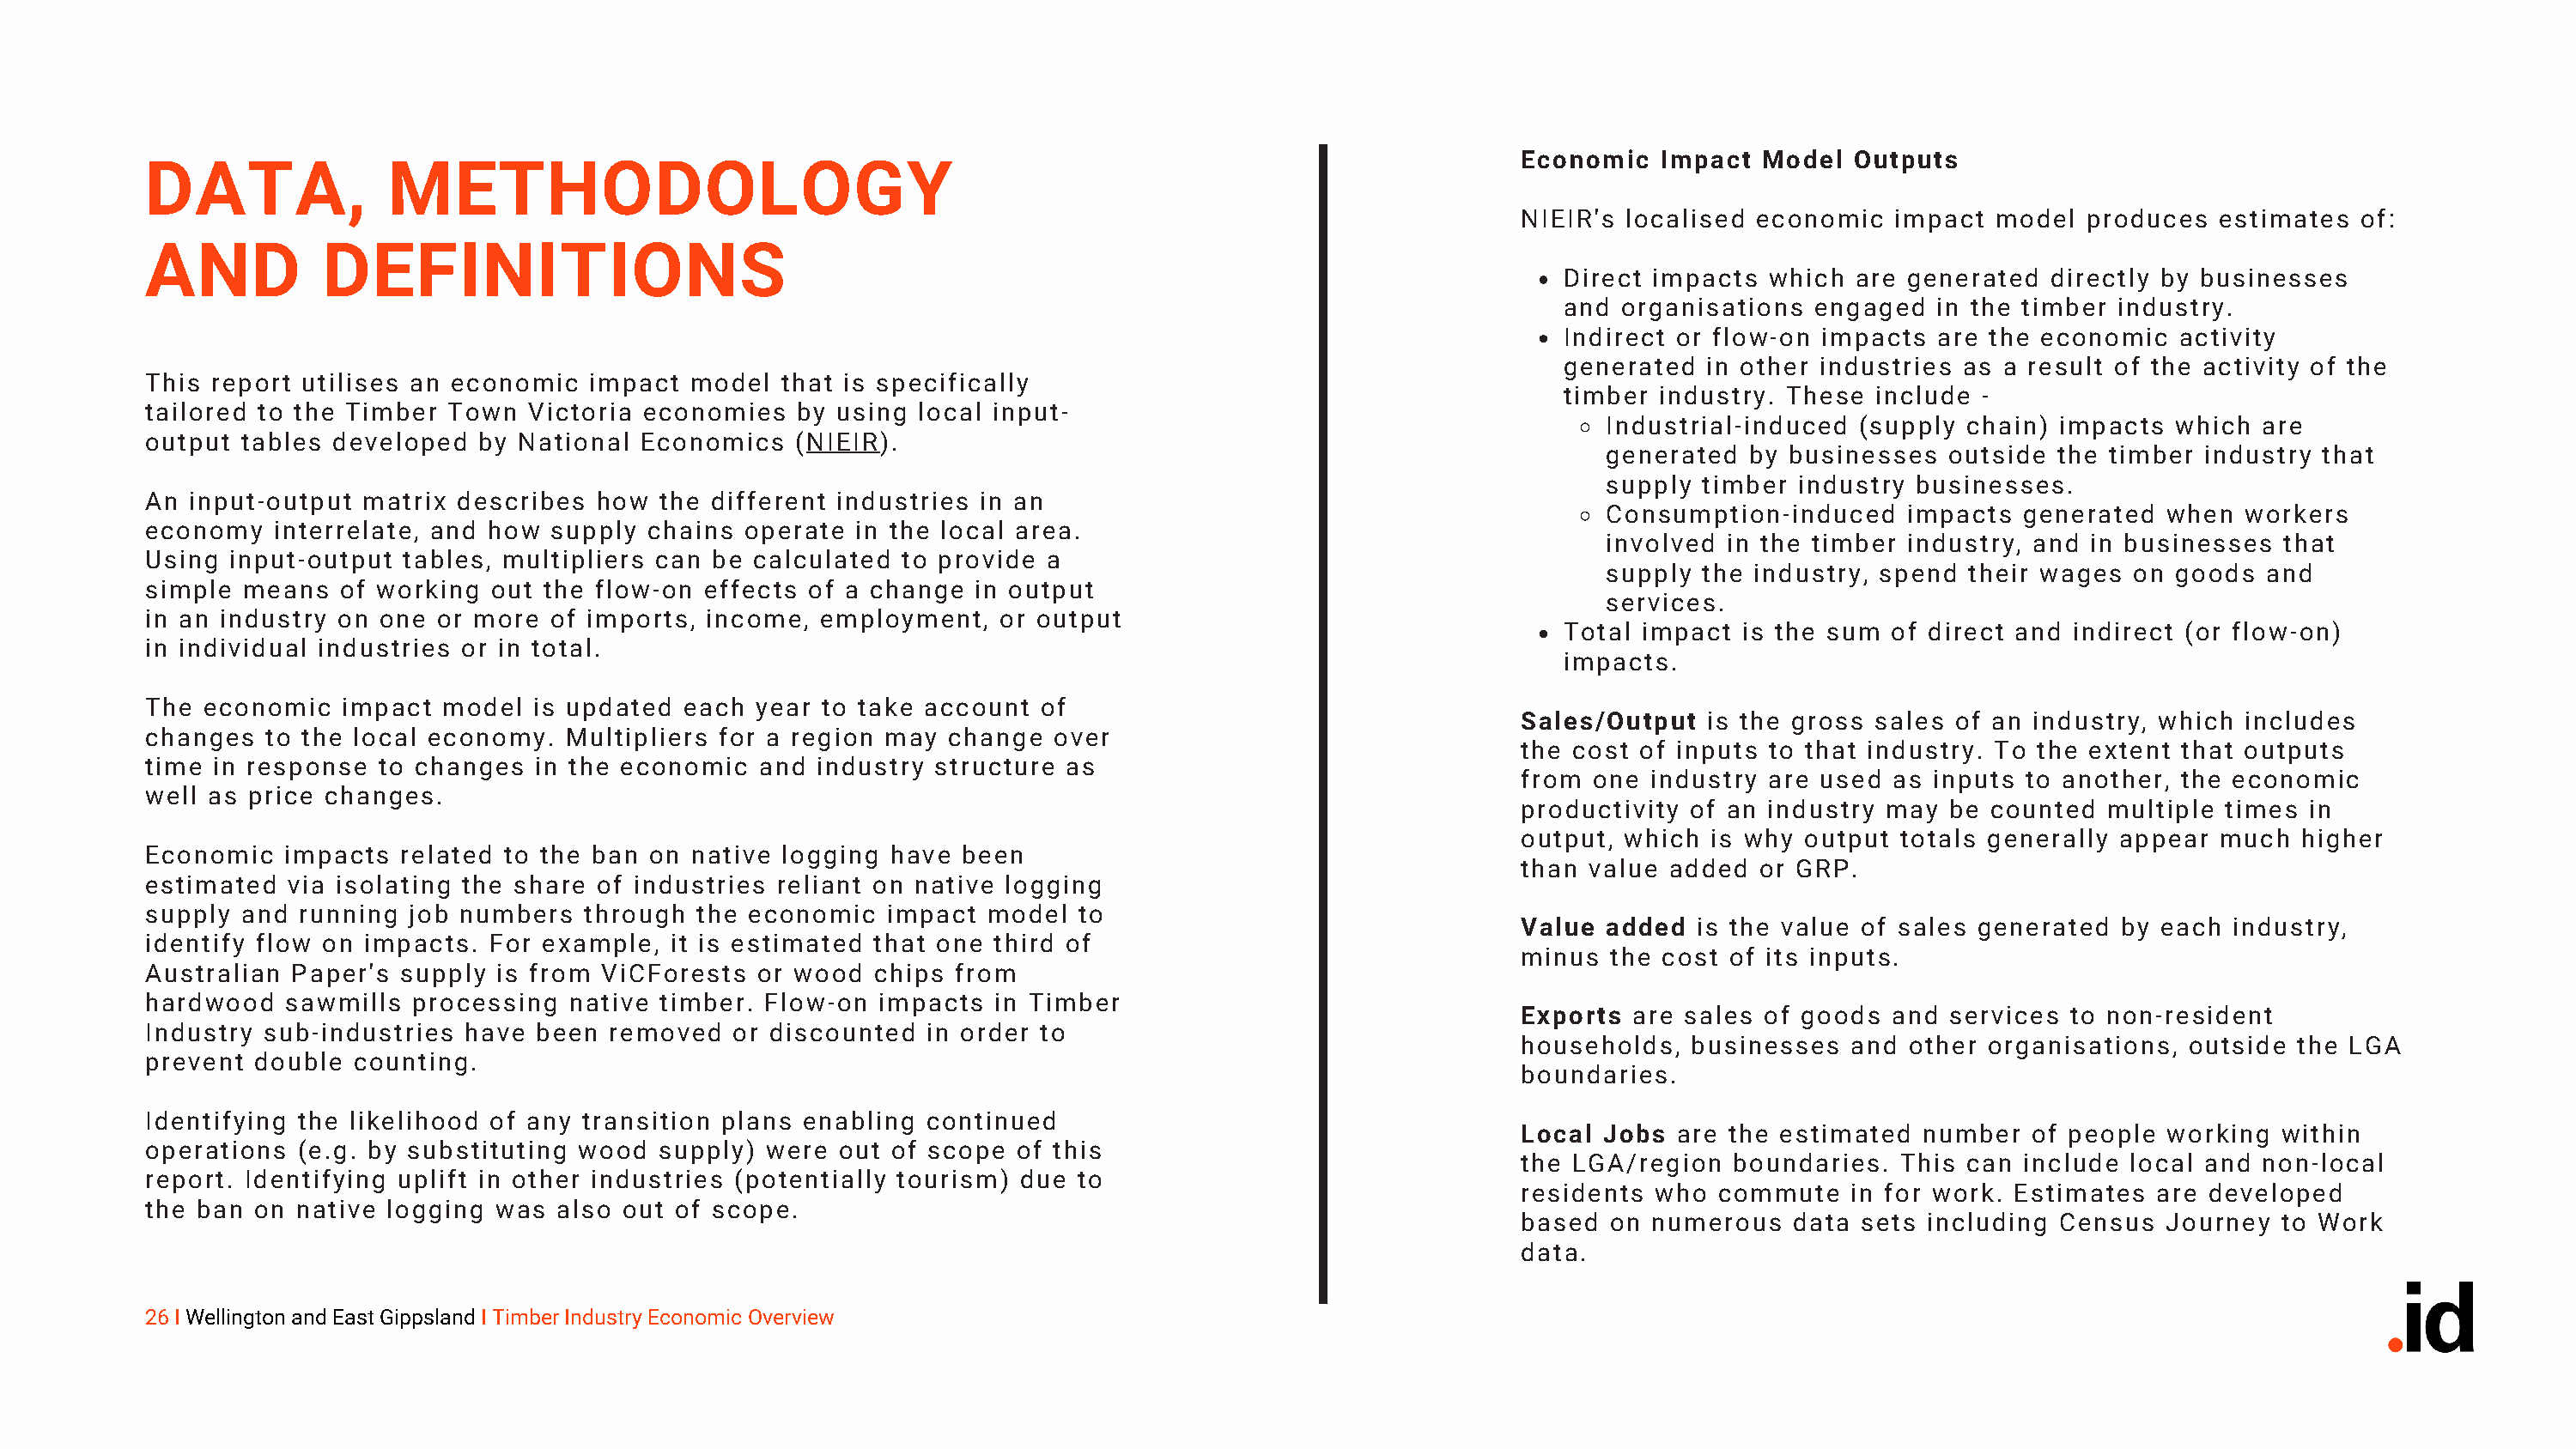
Economic   Impact  Model  Outputs
 DATA,              METHODOLOGY
 NIEIR's localised economic   impact  model  produces  estimates  of:
 AND           DEFINITIONS
 Direct impacts which  are generated  directly by businesses
 and organisations  engaged  in the timber industry.
 Indirect or flow-on impacts are the economic   activity
 generated  in other industries as a result of the activity of the
 This report utilises an economic  impact  model  that is specifically
 timber industry. These  include -
 tailored to the Timber  Town  Victoria economies  by using  local input-
 Industrial-induced (supply  chain) impacts  which are
 output  tables developed  by National Economics   (NIEIR).
 generated  by businesses  outside  the timber industry that
 supply timber  industry businesses.
 An  input-output matrix describes  how  the different industries in an
 Consumption-induced    impacts  generated  when  workers
 economy   interrelate, and how supply  chains operate  in the local area.
 involved in the timber industry, and in businesses  that
 Using  input-output tables, multipliers can be calculated  to provide a
 supply the industry, spend  their wages on  goods  and
 simple  means  of working  out the flow-on effects of a change  in output
 services.
 in an industry on one  or more of imports, income,  employment,   or output
 Total impact is the sum  of direct and indirect (or flow-on)
 in individual industries or in total.
 impacts.
 The  economic  impact  model  is updated  each year to take account  of
 Sales/Output   is the gross sales of an industry, which includes
 changes  to the local economy.   Multipliers for a region may change  over
 the cost of inputs to that industry. To the extent that outputs
 time in response  to changes  in the economic   and industry structure as
 from  one industry are used  as inputs to another, the economic
 well as price changes.
 productivity of an industry may  be counted  multiple  times in
 output, which  is why output  totals generally appear much  higher
 Economic   impacts  related to the ban on native logging  have been
 than  value added  or GRP.
 estimated  via isolating the share of industries reliant on native logging
 supply  and running  job numbers  through  the economic  impact  model  to
 Value  added  is the value of sales generated  by each industry,
 identify flow on impacts.  For example,  it is estimated that one third of
 minus  the cost of its inputs.
 Australian Paper's  supply is from ViCForests  or wood  chips  from
 hardwood   sawmills  processing  native timber. Flow-on  impacts  in Timber
 Exports  are sales of goods  and services  to non-resident
 Industry sub-industries  have been  removed   or discounted in order to
 households,  businesses   and other organisations,  outside the LGA
 prevent  double counting.
 boundaries.
 Identifying the likelihood of any transition plans enabling continued
 Local  Jobs are the estimated  number   of people working  within
 operations  (e.g. by substituting wood  supply) were  out of scope of this
 the LGA/region   boundaries.  This can include local and non-local
 report. Identifying uplift in other industries (potentially tourism) due to
 residents  who commute    in for work. Estimates are developed
 the ban  on native logging was  also out of scope.
 based  on numerous   data sets  including Census  Journey  to Work
 data.
 26 I Wellington and East Gippsland I Timber Industry Economic Overview